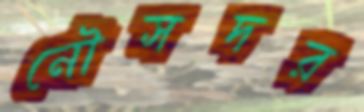
নৌসদর